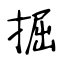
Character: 掘